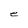
Character: e